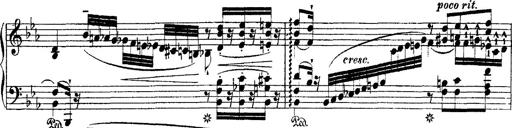
Title: Ã‰tudes d'exÃ©cution transcendante d'aprÃ¨s Paganini
Composer: Franz Liszt